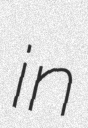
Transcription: in